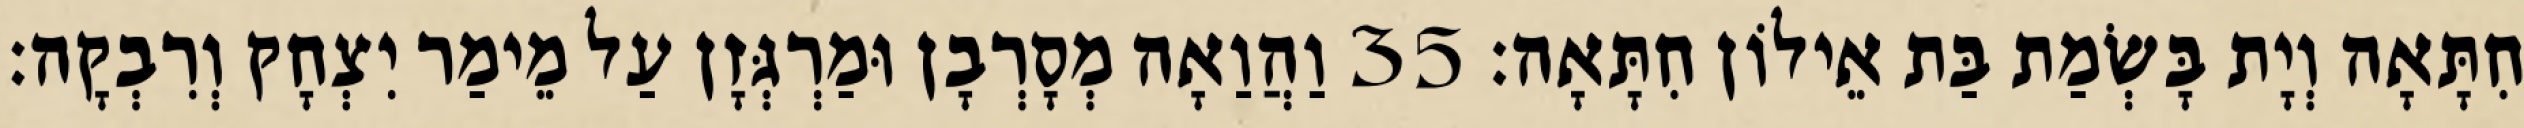
חִתָּאָה וְיָת בָּשְׂמַת בַּת אֵילוֹן חִתָּאָה׃ 35 וַהֲוַאָה מְסָרְבָן וּמַרְגְּזָן עַל מֵימַר יִצְחָק וְרִבְקָה׃